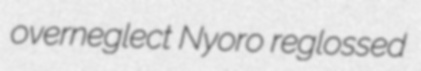
overneglect Nyoro reglossed